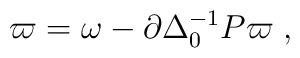
\varpi = \omega - \partial\Delta_0^{-1}P\varpi\;,